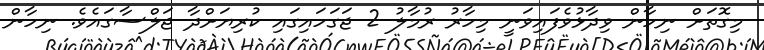
މިގޮތަށް ނިހާން ވިދާޅުވެފައިވަނީ މިހާރު ރުމާލު 2 ޖަގަހައިގައި ކުރިޔަށްދާ ޖަލްސާގައެވެ. ނިހާން